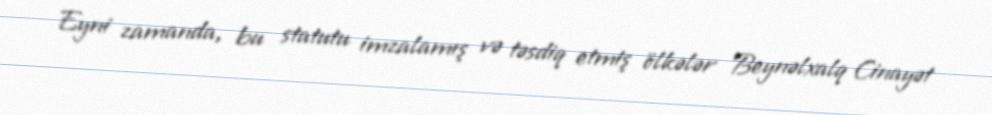
Eyni zamanda, bu statutu imzalamış və təsdiq etmiş ölkələr Beynəlxalq Cinayət